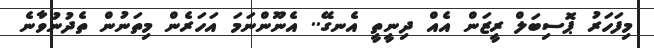
މިފަހަރު ޕޮސިބަލް ރީޒަން އެއް ދިނީތީ އެނގޭ.. އެނޫންނަމަ އަހަރެން މިތަނުން ތެދުނުވާނެ